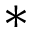
*